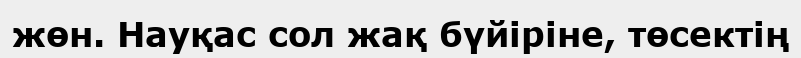
жөн. Науқас сол жақ бүйіріне, төсектің